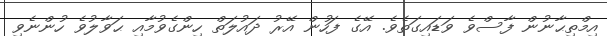
އިމްތިޙާނުން ފާސްވެ ވަޑައިގަތެވެ. އޭގެ ފަހުން އޭރު ދައުލަތް ހިންގެވުމާއި ޙަވާލުވެ ހުންނެވި